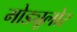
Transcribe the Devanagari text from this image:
मोड्यूलोर